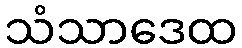
သံသာဒေထ